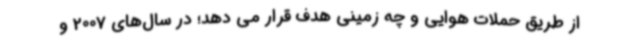
از طریق حملات هوایی و چه زمینی هدف قرار می دهد؛ در سال‌های 2007 و